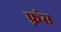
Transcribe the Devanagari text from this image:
फ़्रंस